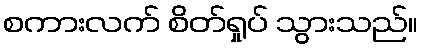
စကားလက် စိတ်ရှုပ် သွားသည်။